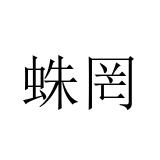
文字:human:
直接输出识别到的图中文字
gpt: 蛛罔